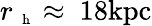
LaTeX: r_{\mathrm{~\scriptsize~h~}}\approx~18\mathrm{kpc}